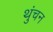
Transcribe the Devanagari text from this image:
थुंचन